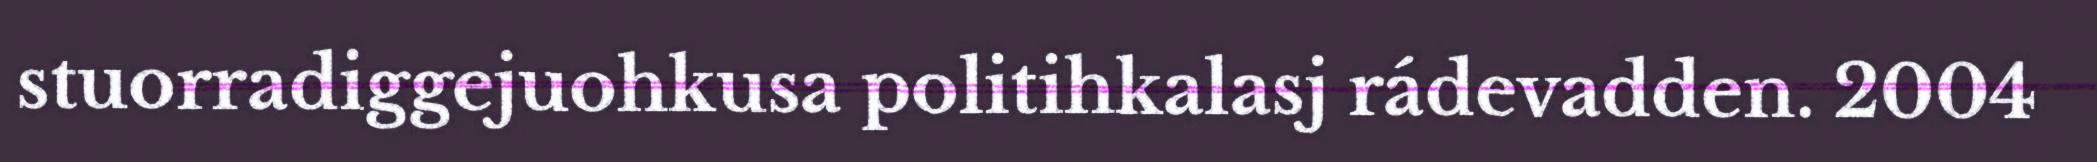
stuorradiggejuohkusa politihkalasj rádevadden. 2004